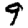
Digit: 9